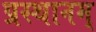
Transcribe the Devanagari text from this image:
प्रस्थानम्